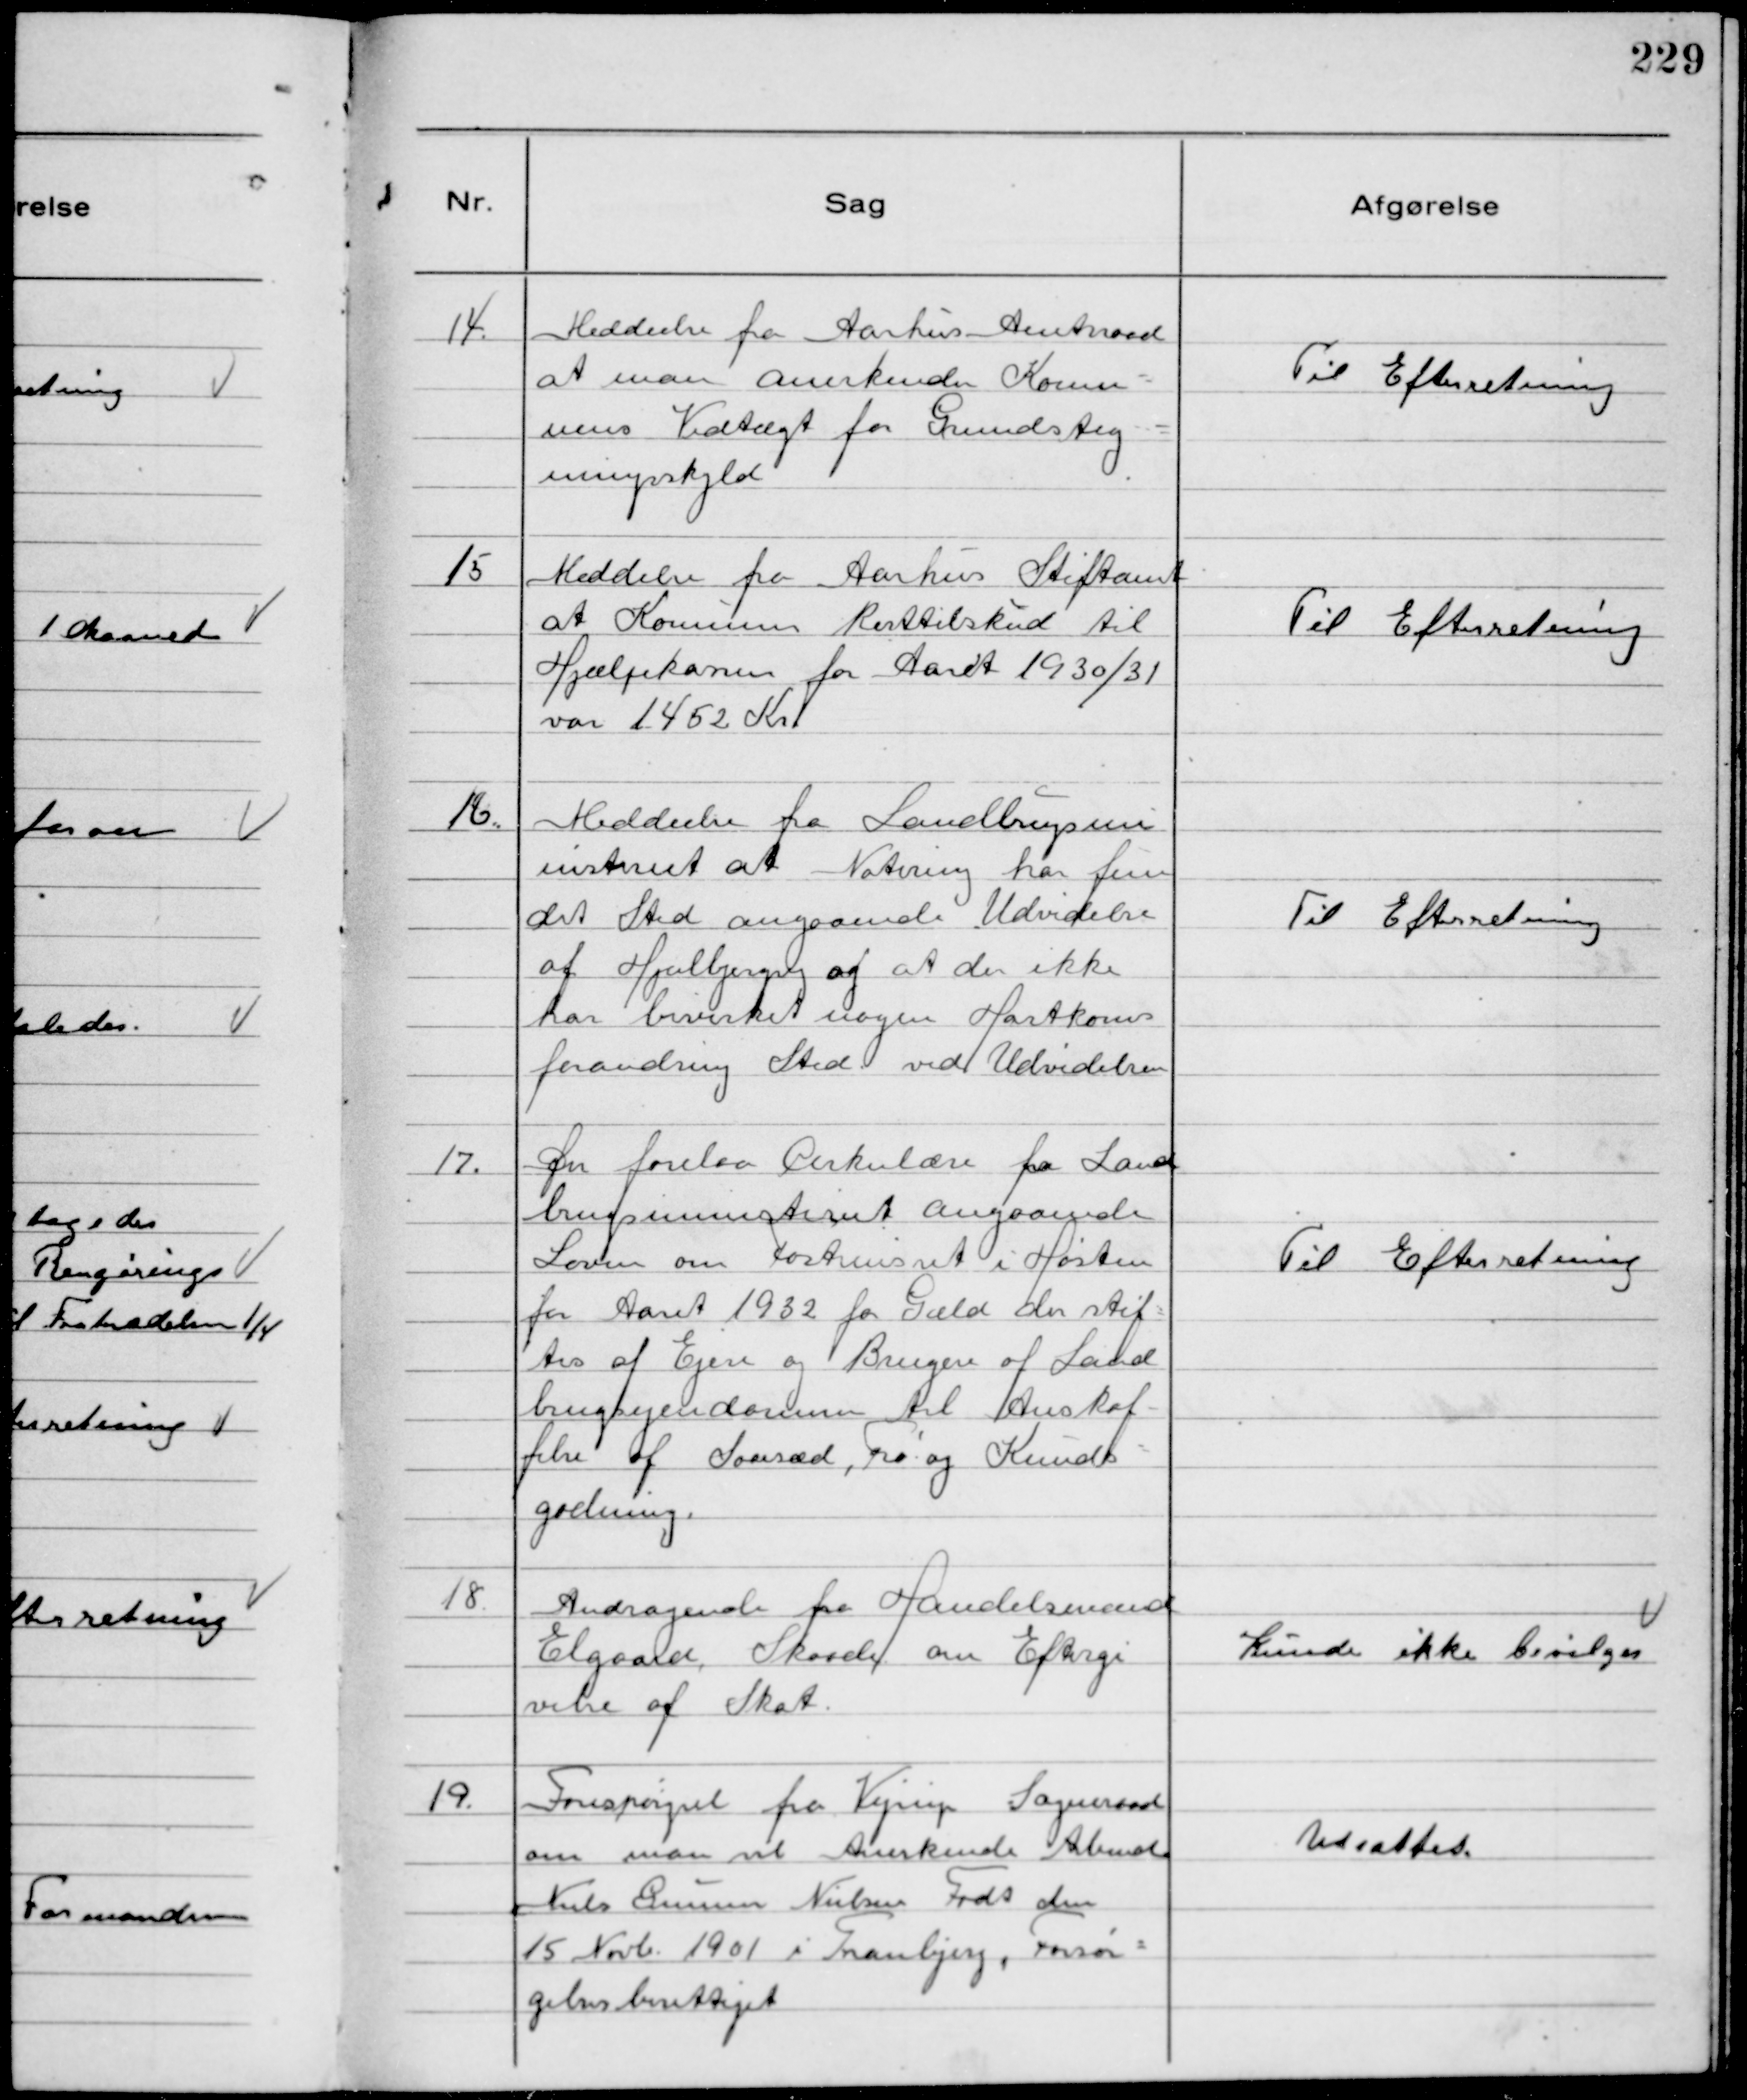
Transskription:
14.
Meddeelse fra Aarhus Amtsraad
at man anerkender Kommu-
nens Vedtægt for Grundstig-
ningsskyld.

Til Efterretning

15
Meddelse fra Aarhus Stiftamt
at Kommunen Resttilskud til
Hjælpekassen for Aaret 1930/31
var 1452 Kr

Til Efterretning

16.
Meddeelse fra Landbrugsmi
nisteriet at Notering har fun
det Sted angaaende Udvidelse
af Hjulbjergvej og at der ikke
har bevirket nogen Hartkorns
forandring Sted ved Udvidelsen

Til Efterretning

17.
Der forelaa Cirkulære fra Land
brugsministeriet angaaende
Loven om fortrinsret i Høsten
for Aaret 1932 for Gæld der stif-
tes af Ejere og Brugere af Land
brugsejendomme til Anskaf-
felse af Saasæd, Frø og Kunds-
gødning.

Til Efterretning

18.
Andragende fra Handelsmand
Elgaard, Skaade om Eftergi
velse af Skat.

Kunde ikke bevilges

19.
Forespørgsel fra Vejrup Sogneraad
om man vil Anerkende Arbmd
Niels Gunner Nielsen Født den
15 Novb. 1901 i Tranbjerg, Forsør-
gelsesberettiget

Udsattes